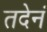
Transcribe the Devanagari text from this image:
तदेनं